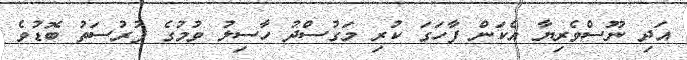
އަދި ނޫސްވެރިޔާ އެކަން ފާހަގަ ކުރި މަގުސްދު ހާސިލު ވުމުގެ ފުރުސަތު ބޮޑުވެ